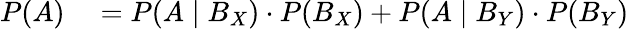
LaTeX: \begin{array}{rl}{P(A)}&{{}=P(A\mid B_{X})\cdot P(B_{X})+P(A\mid B_{Y})\cdot P(B_{Y})}\end{array}